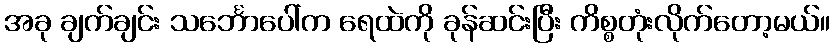
အခု ချက်ချင်း သင်္ဘောပေါ်က ရေထဲကို ခုန်ဆင်းပြီး ကိစ္စတုံးလိုက်တော့မယ်။